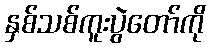
နှစ်သစ်ကူးပွဲတော်ကို